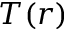
T ( r )